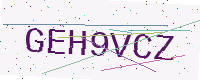
Text: GEH9VCZ